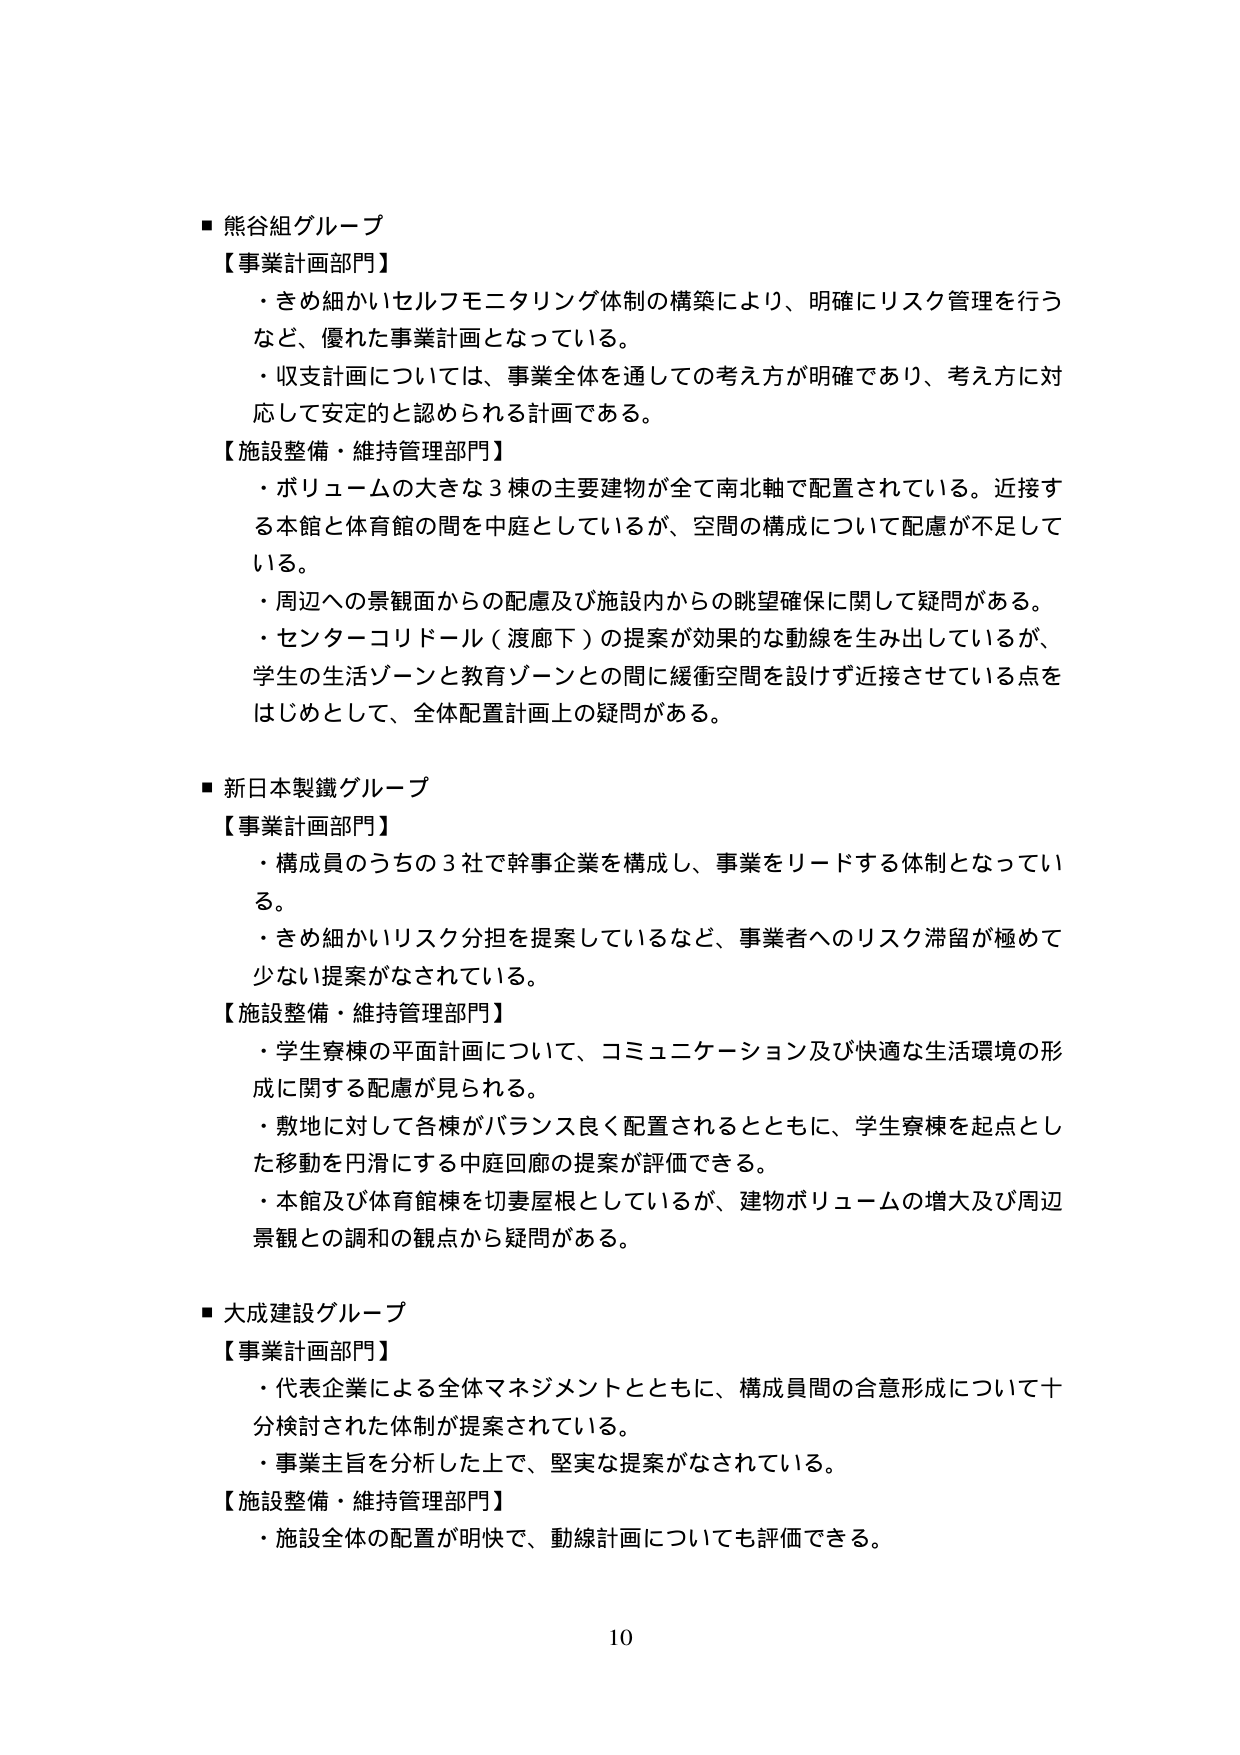
■ 熊谷組グループ
【事業計画部門】
・きめ細かいセルフモニタリング体制の構築により、明確にリスク管理を行うなど、優れた事業計画となっている。
・収支計画については、事業全体を通しての考え方が明確であり、考え方に対応して安定的と認められる計画である。

【施設整備・維持管理部門】
・ボリュームの大きな３棟の主要建物が全て南北軸で配置されている。近接する本館と体育館の間を中庭としているが、空間の構成について配慮が不足している。
・周辺への景観面からの配慮及び施設内からの眺望確保に関して疑問がある。
・センターコリドール（渡廊下）の提案が効果的な動線を生み出しているが、学生の生活ゾーンと教育ゾーンとの間に緩衝空間を設けず近接させている点をはじめとして、全体配置計画上の疑問がある。

■ 新日本製鐵グループ
【事業計画部門】
・構成員のうちの３社で幹事企業を構成し、事業をリードする体制となっている。
・きめ細かいリスク分担を提案しているなど、事業者へのリスク滞留が極めて少ない提案がなされている。

【施設整備・維持管理部門】
・学生寮棟の平面計画について、コミュニケーション及び快適な生活環境の形成に関する配慮が見られる。
・敷地に対して各棟がバランス良く配置されるとともに、学生寮棟を起点とした移動を円滑にする中庭回廊の提案が評価できる。
・本館及び体育館棟を切妻屋根としているが、建物ボリュームの増大及び周辺景観との調和の観点から疑問がある。

■ 大成建設グループ
【事業計画部門】
・代表企業による全体マネジメントとともに、構成員間の合意形成について十分検討された体制が提案されている。
・事業主旨を分析した上で、堅実な提案がなされている。

【施設整備・維持管理部門】
・施設全体の配置が明快で、動線計画についても評価できる。

10